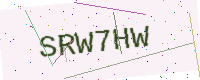
Text: SRW7HW